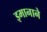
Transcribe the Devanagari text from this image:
इमानाने